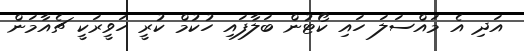
އަދި އެ މައްސަލަ ހައި ކޯޓުން ބަލާފައި ހުކުމް ކުރީ ހަވީރަކީ ޗެއާމަން